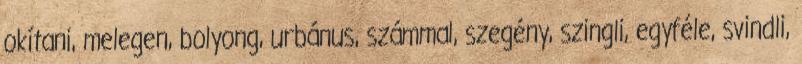
okítani, melegen, bolyong, urbánus, számmal, szegény, szingli, egyféle, svindli,